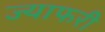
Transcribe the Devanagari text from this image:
ज्याफरी